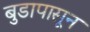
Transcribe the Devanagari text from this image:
बुडापासून